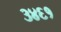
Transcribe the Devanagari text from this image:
३४६१